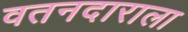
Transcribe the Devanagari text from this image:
वतनदाराला